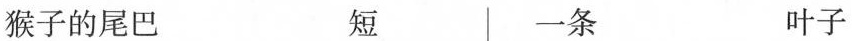
猴子的尾巴 短 一条 叶子